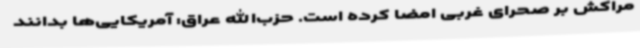
مراکش بر صحرای غربی امضا کرده است. حزب‌الله عراق: آمریکایی‌ها بدانند